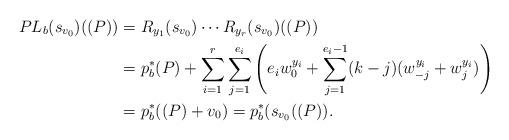
LaTeX: \begin{align*} PL_b(s_{v_0})((P))&=R_{y_1}(s_{v_0})\cdots R_{y_r}(s_{v_0}) ((P))\\&=p_b^*(P) +\sum_{i=1}^r\sum_{j=1}^{e_i}\left(e_iw_0^{y_i}+\sum_{j=1}^{e_i-1} (k-j)(w_{-j}^{y_i}+w_j^{y_i})\right)\\&= p_b^*((P)+v_0)=p_b^*(s_{v_0}((P)).\end{align*}